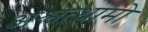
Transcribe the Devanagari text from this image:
अश्वत्थामो